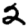
Digit: 2